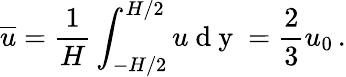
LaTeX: {\overline{u}}={\frac{1}{H}}\int_{-H/2}^{H/2}u\mathrm{~d~y~}={\frac{2}{3}}u_{0}\, .